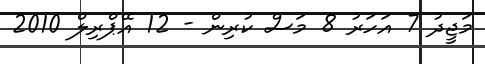
މަޖީދު 7 އަހަރު 8 މަސް ކުރިން - 12 އޭޕްރިލް 2010